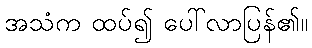
အသံက ထပ်၍ ပေါ်လာပြန်၏။